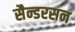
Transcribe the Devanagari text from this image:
सैन्डरसन